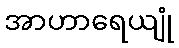
အာဟာရေယျုံ